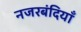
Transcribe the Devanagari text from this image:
नजरबंदियाँ